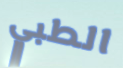
الطبي